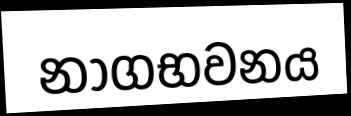
නාගභවනය